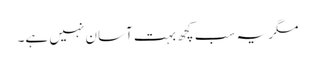
مگر یہ سب کچھ بہت آسان نہیں ہے۔